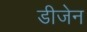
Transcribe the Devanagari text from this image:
डीजेन